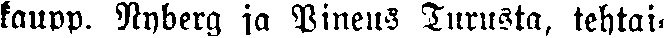
kaupp. Nnberg ja Pineus Turusta, tehtai-